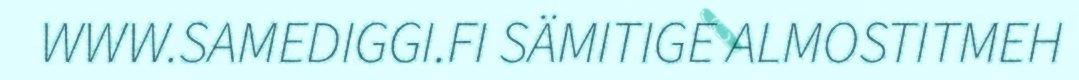
WWW.SAMEDIGGI.FI SÄMITIGE ALMOSTITMEH